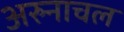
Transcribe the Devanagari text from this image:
अरुनाचल